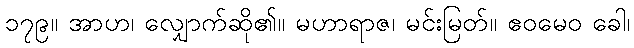
၁၇၉။ အာဟ၊ လျှောက်ဆို၏။ မဟာရာဇ၊ မင်းမြတ်။ ဧဝမေဝ ခေါ၊